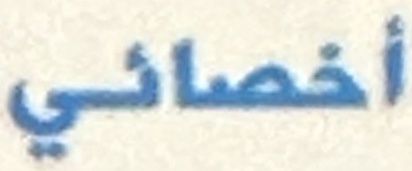
أخصائي